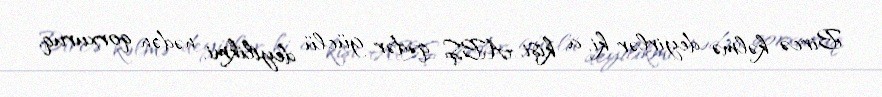
Bircə kəlmə deyirlər ki, a kişi, ABŞ qədər güclü deyilikmi, nədən qorxuruq,